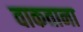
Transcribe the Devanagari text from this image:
वाकताना